Insane asylums in Bengal annual reports 1876-1887 - 1876-1887
Year: 1876
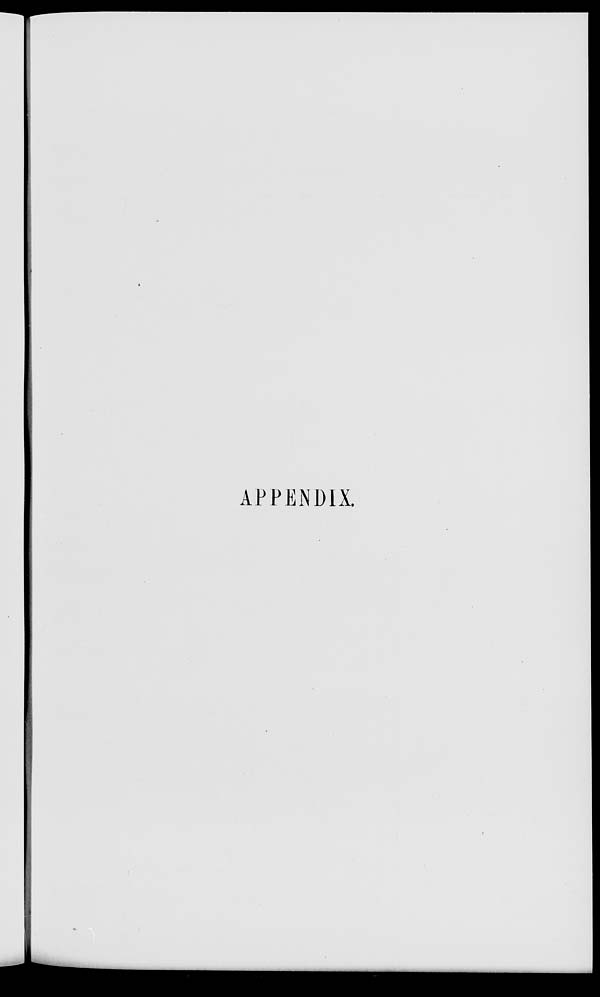
APPENDIX.